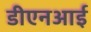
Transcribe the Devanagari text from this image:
डीएनआई